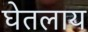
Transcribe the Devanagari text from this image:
घेतलाय